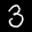
Label: 3